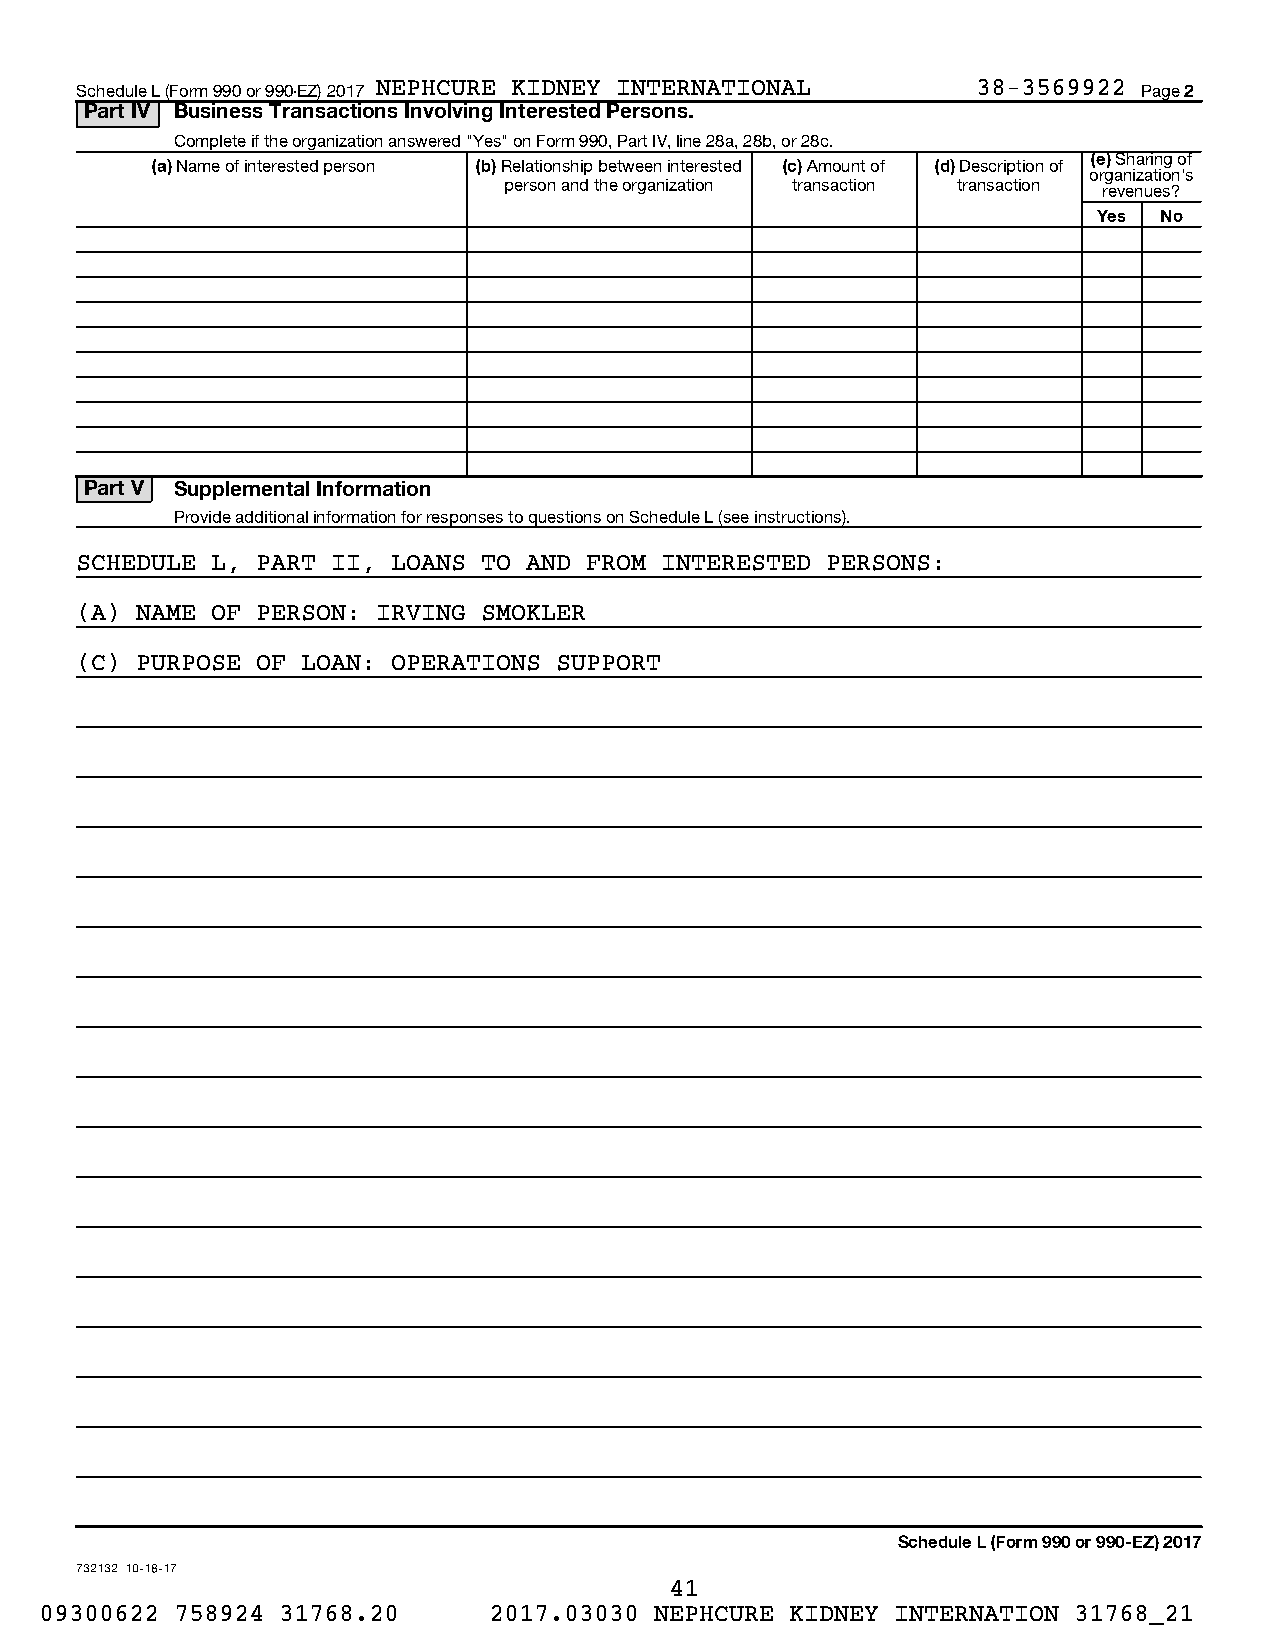
Schedule L (Form 990 or 990-EZ) 2017 NEPHCURE KIDNEY INTERNATIONAL 38-3569922 Page 2
 Part IV Business Transactions Involving Interested Persons.
 Complete if the organization answered "Yes" on Form 990, Part IV, line 28a, 28b, or 28c.
 (e) Sharing of
 (a) Name of interested person (b) Relationship between interested (c) Amount of (d) Description of
 organization’s
 person and the organization transaction transaction revenues?
 Yes No
 Part V Supplemental Information
 Provide additional information for responses to questions on Schedule L (see instructions).
 SCHEDULE L, PART II, LOANS TO AND FROM INTERESTED PERSONS:
 (A) NAME OF PERSON: IRVING SMOKLER
 (C) PURPOSE OF LOAN: OPERATIONS SUPPORT
 Schedule L (Form 990 or 990-EZ) 2017
 732132 10-18-17
 41
 09300622 758924 31768.20     2017.03030 NEPHCURE KIDNEY INTERNATION 31768_21